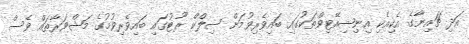
އަދި ޗައިނާގެ އެކިއެކި އިނިޝިއޭޓިވްތަކުގައި ބައިވެރިވުމަށް ސިލްކް ރޫޓުގައި ބައިވެރިވުމުގެ މަޝްވަރާތައް ވެސް